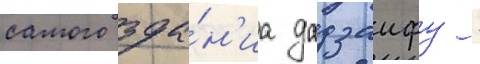
самого зда́н'иа дадзаифу -